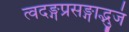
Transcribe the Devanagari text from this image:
त्वदङ्गप्रसङ्गाद्भुजं